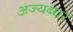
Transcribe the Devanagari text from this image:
अज्यब्घर